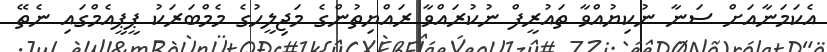
އެކަމަނާއަށް ސަނާ ނުކިޔުއްވާ ތައުރީފް ނުކުރައްވާ ރައްޔިތުންގެ މަޖިލީހުގެ މެމްބަރަކު ޕީޕީއެމްގައި ނެތޭ